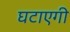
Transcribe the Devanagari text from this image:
घटाएगी